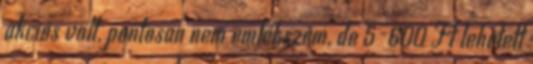
akciós volt, pontosan nem emlékszem, de 5-600 Ft lehetett